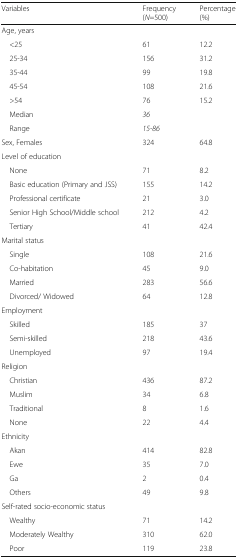
| Variables | Frequency (N=500) | Percentage (%) |
 | --- | --- | --- |
 | <COLSPAN=3> Age, years |
 | <25 | 61 | 12.2 |
 | 25-34 | 156 | 31.2 |
 | 35-44 | 99 | 19.8 |
 | 45-54 | 108 | 21.6 |
 | >54 | 76 | 15.2 |
 | Median | 36 |  |
 | Range | 15-86 |  |
 | Sex, Females | 324 | 64.8 |
 | <COLSPAN=3> Level of education |
 | None | 71 | 8.2 |
 | Basic education (Primary and JSS) | 155 | 14.2 |
 | Professional certificate | 21 | 3.0 |
 | Senior High School/Middle school | 212 | 4.2 |
 | Tertiary | 41 | 42.4 |
 | <COLSPAN=3> Marital status |
 | Single | 108 | 21.6 |
 | Co-habitation | 45 | 9.0 |
 | Married | 283 | 56.6 |
 | Divorced/ Widowed | 64 | 12.8 |
 | <COLSPAN=3> Employment |
 | Skilled | 185 | 37 |
 | Semi-skilled | 218 | 43.6 |
 | Unemployed | 97 | 19.4 |
 | <COLSPAN=3> Religion |
 | Christian | 436 | 87.2 |
 | Muslim | 34 | 6.8 |
 | Traditional | 8 | 1.6 |
 | None | 22 | 4.4 |
 | <COLSPAN=3> Ethnicity |
 | Akan | 414 | 82.8 |
 | Ewe | 35 | 7.0 |
 | Ga | 2 | 0.4 |
 | Others | 49 | 9.8 |
 | <COLSPAN=3> Self-rated socio-economic status |
 | Wealthy | 71 | 14.2 |
 | Moderately Wealthy | 310 | 62.0 |
 | Poor | 119 | 23.8 |